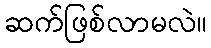
ဆက်ဖြစ်လာမလဲ။